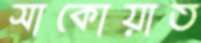
সাকোয়াত